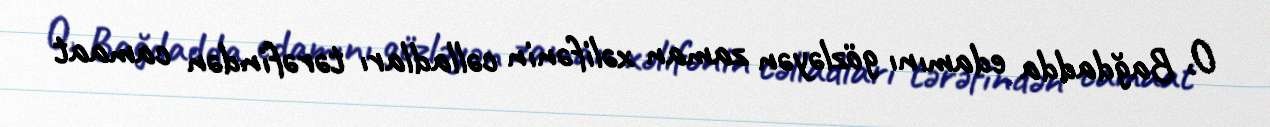
O, Bağdadda edamını gözləyən zaman xəlifənin cəlladları tərəfindən camaat